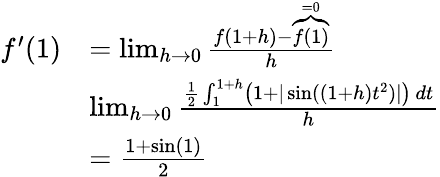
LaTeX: \begin{array}{rl}{f^{\prime}(1)}&{=\operatorname*{lim}_{h\to 0}\frac{f(1+h)-\overbrace{f(1)}^{=0}}{h}}\\ &{\operatorname*{lim}_{h\to 0}\frac{\frac 12\int_{1}^{1+h}\left(1+|\sin((1+h)t^{2})|\right)\, dt}{h}}\\ &{=\frac{1+\sin(1)}{2}}\end{array}